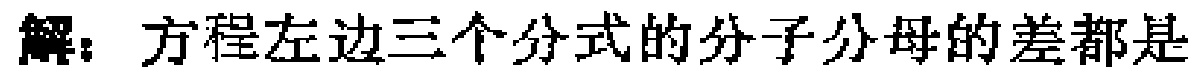
解：方程左边三个分式的分子分母的差都是